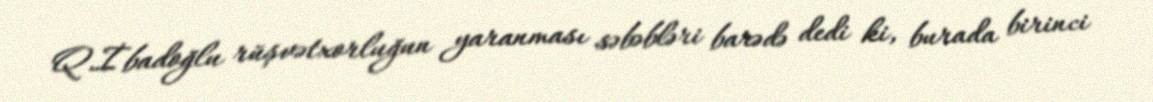
Q.İbadoğlu rüşvətxorluğun yaranması səbəbləri barədə dedi ki, burada birinci